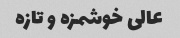
عالی خوشمزه و تازه